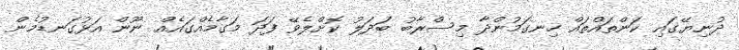
ދުނިޔޭގައި ކަންތައްތައް ހިނގަމުންދާ މިސްރާބު ބަދަލު ކޮށްލެވޭ ފަދަ މަގާމެއްގައެއް ނޫން އަޅުގަނޑުމެން